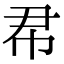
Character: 𢁨